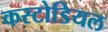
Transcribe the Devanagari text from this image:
कस्टोडियल